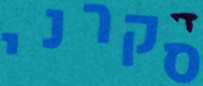
סקרני